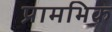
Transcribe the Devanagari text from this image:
प्रामभिक